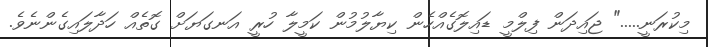
މިކުރަނީ....." ޖައިދަން ފިލްމީ ޑައިލޮގެއްހެން ކިޔާލުމުން ކަމީލާ ހުރީ އަނގަޔަށް ގޮތެއް ހަދާލައިގެންނެވެ.